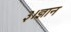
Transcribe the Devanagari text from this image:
३।ज्ञान